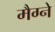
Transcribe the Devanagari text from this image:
मैग्ने